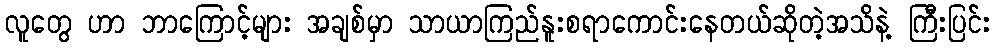
လူတွေ ဟာ ဘာကြောင့်များ အချစ်မှာ သာယာကြည်နူးစရာကောင်းနေတယ်ဆိုတဲ့အသိနဲ့ ကြီးပြင်း